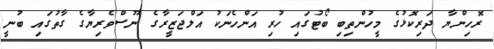
ރޮހިންޔާ ދަރިކޮޅުގެ މީހުންތިބި ބޯޓުގައި ހުރި އަންހެނަކު އަލްޖަޒީރާގެ ނޫސްވެރިޔާގެ ގާތުގައި ބުނީ